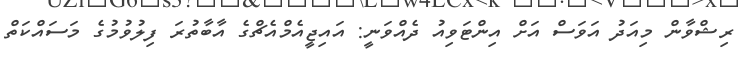
ރިޝްވާން މިއަދު އަވަސް އަށް އިންޓަވިއު ދެއްވަނީ: އައިޖީއެމްއެޗްގެ އާބާތުރަ ފިލުވުމުގެ މަސައްކަތް